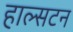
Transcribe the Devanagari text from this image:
हाल्सटन